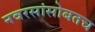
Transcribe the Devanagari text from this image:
नवरसांसोबतच